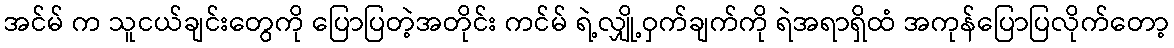
အင်မ် က သူငယ်ချင်းတွေကို ပြောပြတဲ့အတိုင်း ကင်မ် ရဲ့လျှို့ဝှက်ချက်ကို ရဲအရာရှိထံ အကုန်ပြောပြလိုက်တော့